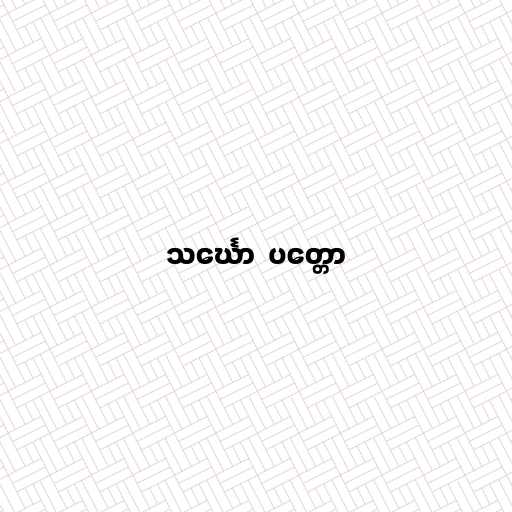
သင်္ဃော  ပတ္တော